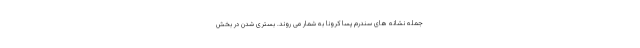
جمله نشانه های سندرم پسا کرونا به شمار می روند. بستری شدن در بخش